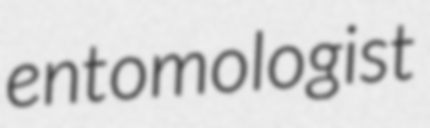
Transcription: entomologist